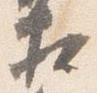
相